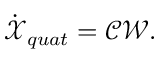
\dot { \boldsymbol { \mathcal { X } } } _ { q u a t } = \boldsymbol { \mathcal { C } } \boldsymbol { \mathcal { W } } .